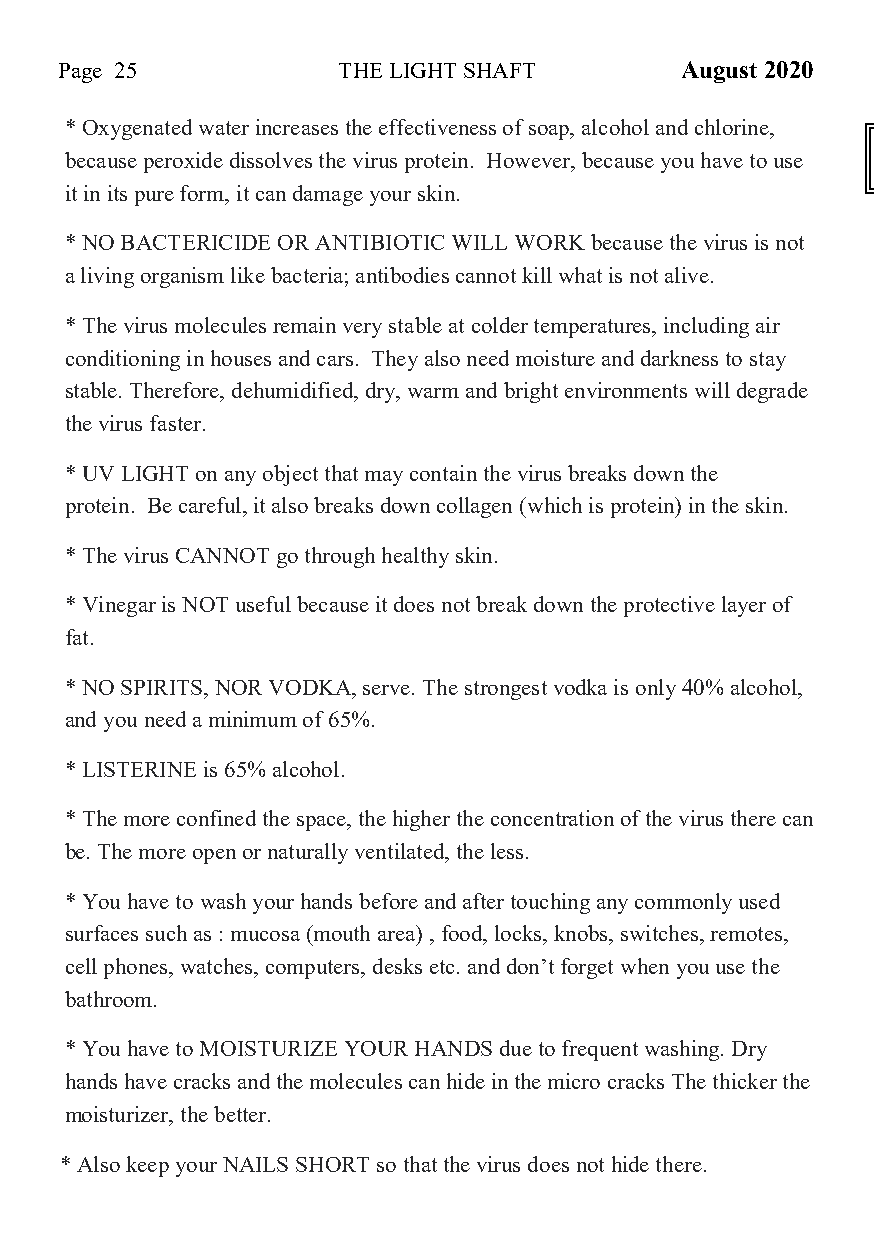
Page 25           THE LIGHT SHAFT        August 2020
 * Oxygenated water increases the effectiveness of soap, alcohol and chlorine,
 because peroxide dissolves the virus protein. However, because you have to use MY AUSTIN
 it in its pure form, it can damage your skin.
 * NO BACTERICIDE OR ANTIBIOTIC WILL WORK because the virus is not
 a living organism like bacteria; antibodies cannot kill what is not alive.
 * The virus molecules remain very stable at colder temperatures, including air
 conditioning in houses and cars. They also need moisture and darkness to stay
 stable. Therefore, dehumidified, dry, warm and bright environments will degrade
 the virus faster.
 * UV LIGHT on any object that may contain the virus breaks down the
 protein. Be careful, it also breaks down collagen (which is protein) in the skin.
 * The virus CANNOT go through healthy skin.
 * Vinegar is NOT useful because it does not break down the protective layer of
 fat.
 * NO SPIRITS, NOR VODKA, serve. The strongest vodka is only 40% alcohol,
 and you need a minimum of 65%.
 * LISTERINE is 65% alcohol.
 * The more confined the space, the higher the concentration of the virus there can
 be. The more open or naturally ventilated, the less.
 * You have to wash your hands before and after touching any commonly used
 surfaces such as : mucosa (mouth area) , food, locks, knobs, switches, remotes,
 cell phones, watches, computers, desks etc. and don’t forget when you use the
 bathroom.
 * You have to MOISTURIZE YOUR HANDS due to frequent washing. Dry
 hands have cracks and the molecules can hide in the micro cracks The thicker the
 moisturizer, the better.
 * Also keep your NAILS SHORT so that the virus does not hide there.